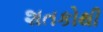
શતકોથી